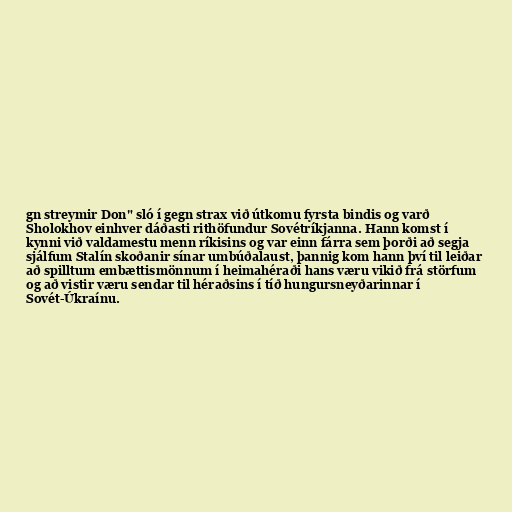
gn streymir Don" sló í gegn strax við útkomu fyrsta bindis og varð
Sholokhov einhver dáðasti rithöfundur Sovétríkjanna. Hann komst í
kynni við valdamestu menn ríkisins og var einn fárra sem þorði að segja
sjálfum Stalín skoðanir sínar umbúðalaust, þannig kom hann því til leiðar
að spilltum embættismönnum í heimahéraði hans væru vikið frá störfum
og að vistir væru sendar til héraðsins í tíð hungursneyðarinnar í
Sovét-Úkraínu.